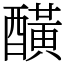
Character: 䤑